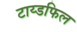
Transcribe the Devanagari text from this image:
टाय्डफिल